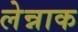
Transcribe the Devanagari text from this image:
लेन्नाक